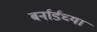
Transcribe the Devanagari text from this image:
बर्नार्डच्या